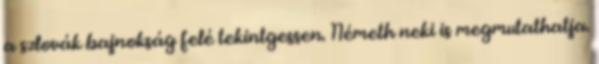
a szlovák bajnokság felé tekintgessen. Németh neki is megmutathatja.